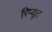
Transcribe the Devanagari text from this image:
रिप्यूट